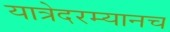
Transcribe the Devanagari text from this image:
यात्रेदरम्यानच